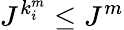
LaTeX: J^{k_{i}^{m}}\le J^{m}